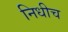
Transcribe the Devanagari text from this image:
निधीच